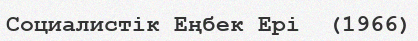
Социалистік Еңбек Ері  (1966)